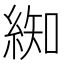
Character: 𮈚